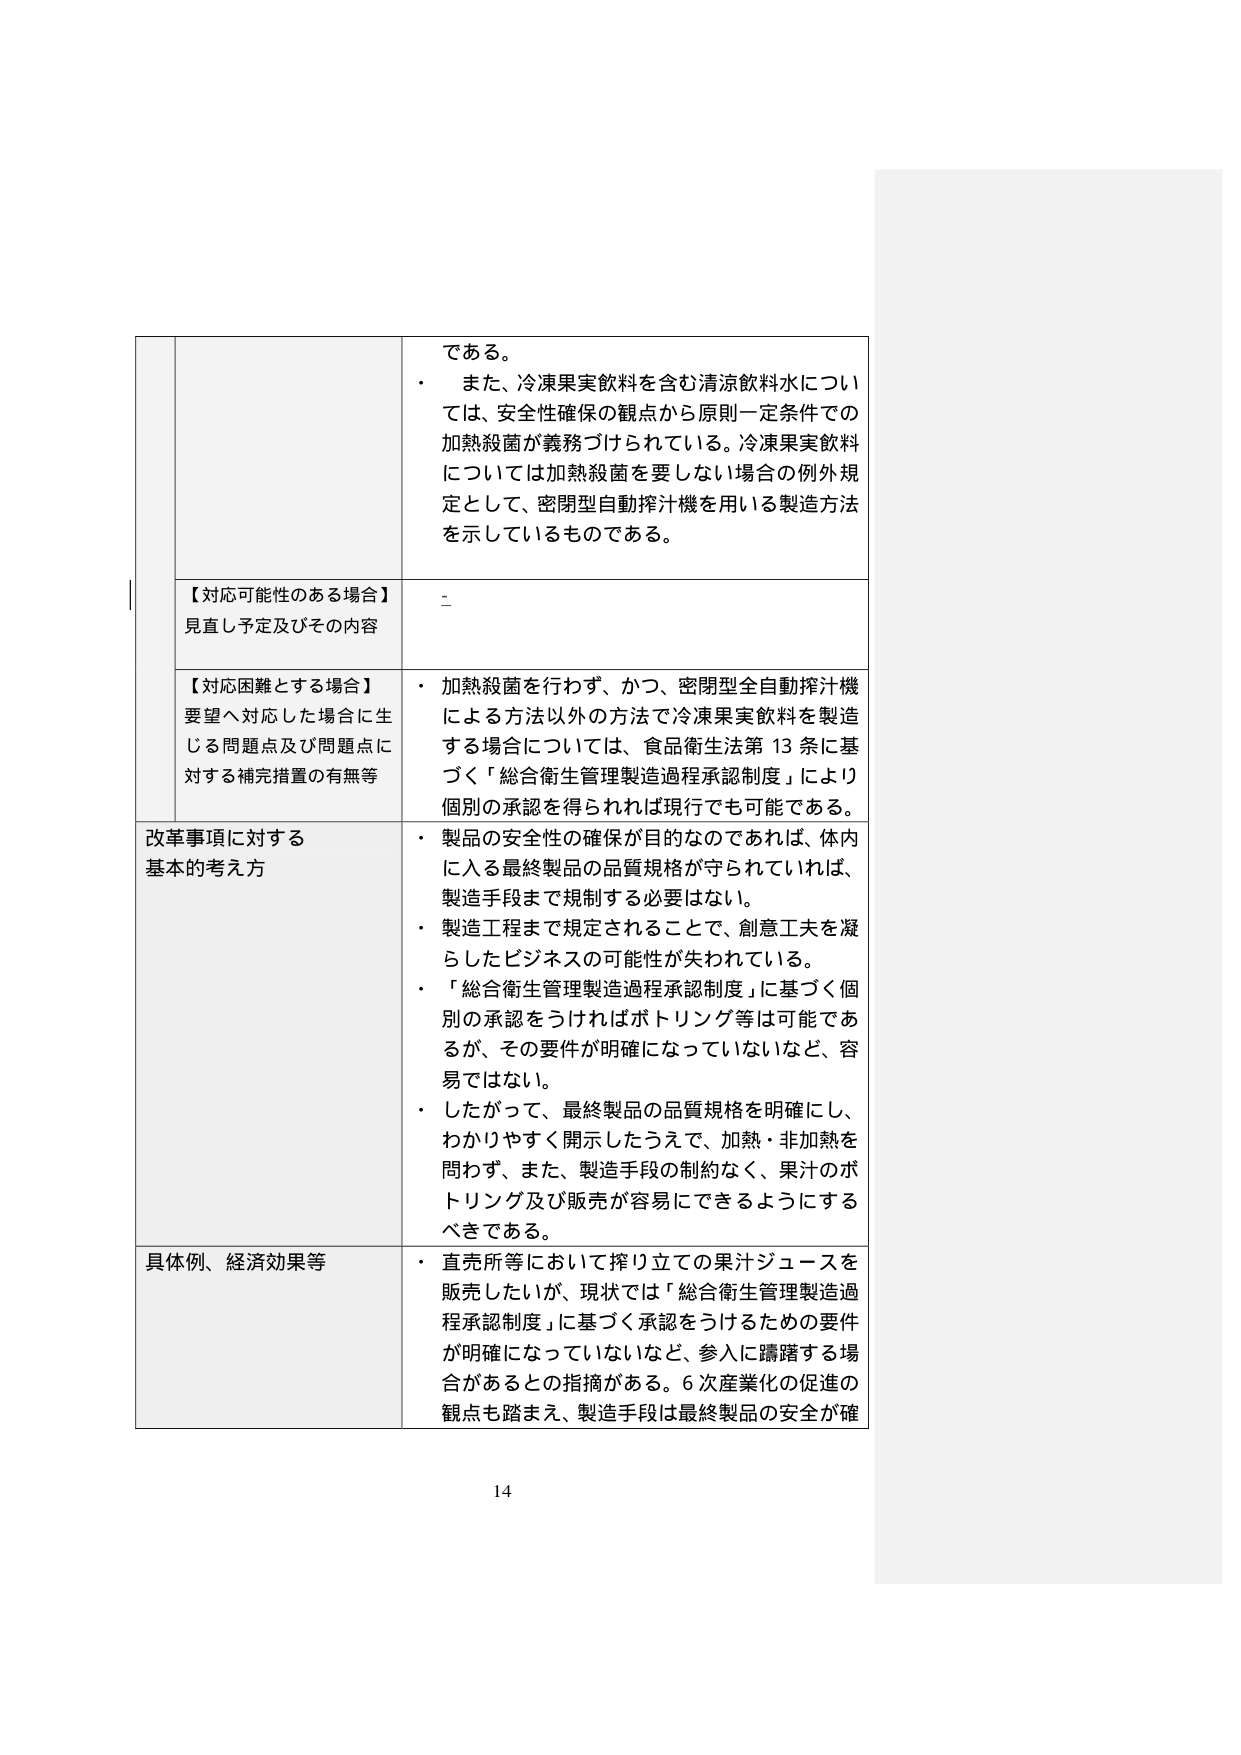
である。
・ また、冷凍果実飲料を含む清涼飲料水につい
ては、安全性確保の観点から原則一定条件での
加熱殺菌が義務づけられている。冷凍果実飲料
については加熱殺菌を要しない場合の例外規
定として、密閉型自動搾汁機を用いる製造方法
を示しているものである。

【対応可能性のある場合】
見直し予定及びその内容
-

【対応困難とする場合】
要望へ対応した場合に生
じる問題点及び問題点に
対する補完措置の有無等
・ 加熱殺菌を行わず、かつ、密閉型全自動搾汁機
による方法以外の方法で冷凍果実飲料を製造
する場合については、食品衛生法第13条に基
づく「総合衛生管理製造過程承認制度」により
個別の承認を得られれば現行でも可能である。

改革事項に対する
基本的考え方
・ 製品の安全性の確保が目的なのであれば、体内
に入る最終製品の品質規格が守られていれば、
製造手段まで規制する必要はない。
・ 製造工程まで規定されることで、創意工夫を凝
らしたビジネスの可能性が失われている。
・ 「総合衛生管理製造過程承認制度」に基づく個
別の承認をうければボトリング等は可能であ
るが、その要件が明確になっていないなど、容
易ではない。
・ したがって、最終製品の品質規格を明確にし、
わかりやすく開示したうえで、加熱・非加熱を
問わず、また、製造手段の制約なく、果汁のボ
トリング及び販売が容易にできるようにする
べきである。

具体例、経済効果等
・ 直売所等において搾り立ての果汁ジュースを
販売したいが、現状では「総合衛生管理製造過
程承認制度」に基づく承認をうけるための要件
が明確になっていないなど、参入に躊躇する場
合があるとの指摘がある。6次産業化の促進の
観点も踏まえ、製造手段は最終製品の安全が確

14